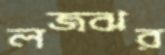
লজঝর